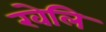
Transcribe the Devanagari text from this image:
खेलि